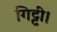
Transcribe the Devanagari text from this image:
गिट्टी।